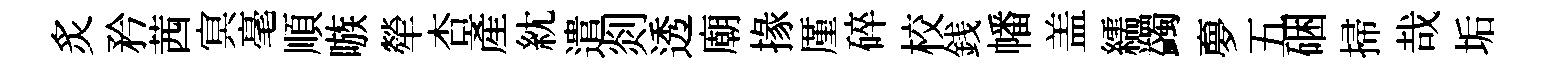
炙矜茜㝠毫順嗾犖杏產紞遣剡透廟掾厪碎校銭幡盖繻蠲夣五硱掃哉垢